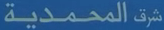
المحمدية شرط